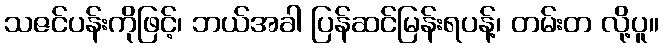
သဇင်ပန်းကိုဖြင့်၊ ဘယ်အခါ ပြန်ဆင်မြန်းရပန့်၊ တမ်းတ လို့ပူ။